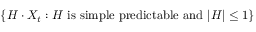
\left\{ H \cdot X _ { t } : H \mathrm { { \ i s \ s i m p l e \ p r e d i c t a b l e \ a n d \ } } | H | \leq 1 \right\}